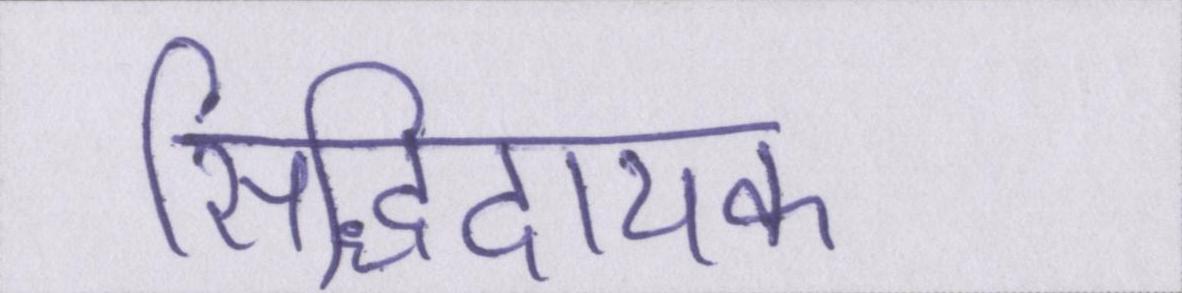
सिद्धिदायक